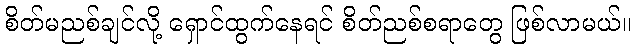
စိတ်မညစ်ချင်လို့ ရှောင်ထွက်နေရင် စိတ်ညစ်စရာတွေ ဖြစ်လာမယ်။